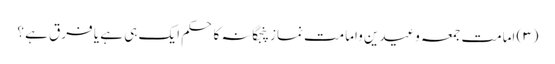
(۳) امامت جمعہ وعیدین وامامت نماز پنجگانہ کا حکم ایک ہی ہے یا فرق ہے ؟